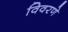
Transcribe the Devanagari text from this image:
विवरणे